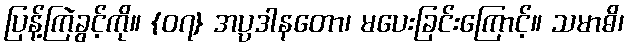
ပြန့်ကြဲခွင့်ကို။ {၀၇} အပ္ပဒါနတော၊ မပေးခြင်းကြောင့်။ သမာဓိ၊